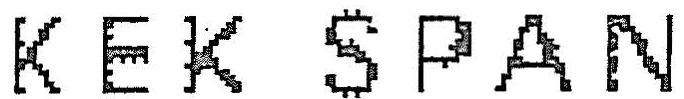
KEK SPAN